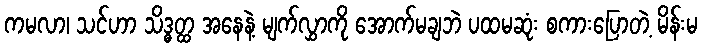
ကမလာ၊ သင်ဟာ သိဒ္ဓတ္ထ အနေနဲ့ မျက်လွှာကို အောက်မချဘဲ ပထမဆုံး စကားပြောတဲ့ မိန်းမ